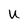
Character: U